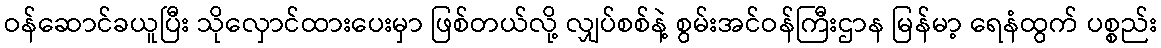
ဝန်ဆောင်ခယူပြီး သိုလှောင်ထားပေးမှာ ဖြစ်တယ်လို့ လျှပ်စစ်နဲ့ စွမ်းအင်ဝန်ကြီးဌာန မြန်မာ့ ရေနံထွက် ပစ္စည်း